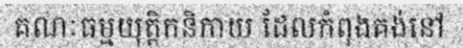
គណៈធម្មយុត្តិកនិកាយ ដែលកំពុងគង់នៅ